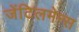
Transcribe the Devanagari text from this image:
जेंटिलमेन्स